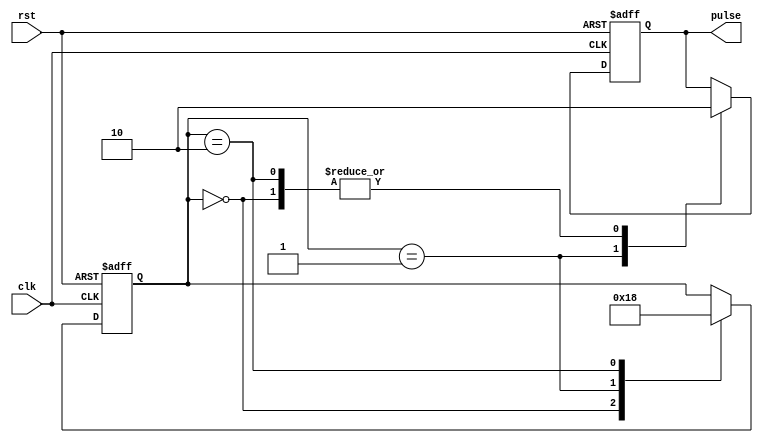
module synchronous_pulse_generator (
  input wire clk, // clock signal
  input wire rst, // reset signal
  output reg pulse // output synchronized pulse
);

reg [1:0] state; // state variable for timing control

always @ (posedge clk or posedge rst)
begin
  if (rst) begin
    state <= 2'b00; // reset state to initial value
    pulse <= 1'b0; // reset output pulse
  end
  else begin
    case (state)
      2'b00: begin // idle state
        state <= 2'b01;
        pulse <= 1'b0;
      end
      2'b01: begin // generate pulse state
        state <= 2'b10;
        pulse <= 1'b1;
      end
      2'b10: begin // synchronize pulse state
        state <= 2'b00;
        pulse <= 1'b0;
      end
    endcase
  end
end

endmodule